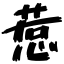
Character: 惹